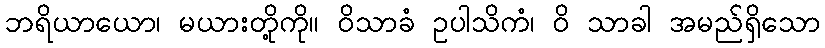
ဘရိယာယော၊ မယားတို့ကို။ ဝိသာခံ ဥပါသိကံ၊ ဝိ သာခါ အမည်ရှိသော